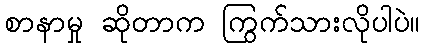
စာနာမှု ဆိုတာက ကြွက်သားလိုပါပဲ။